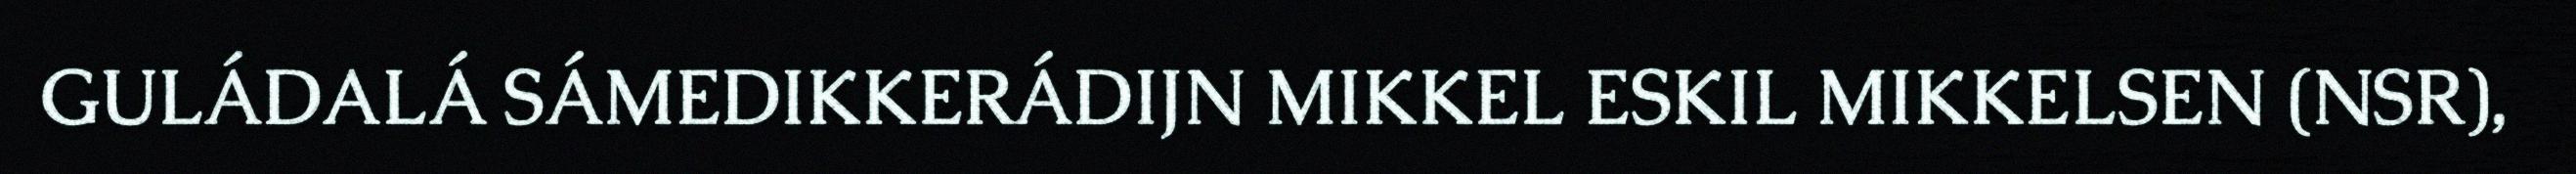
GULÁDALÁ SÁMEDIKKERÁDIJN MIKKEL ESKIL MIKKELSEN (NSR),